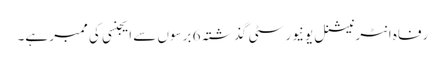
رفاہ انٹرنیشنل یونیورسٹی گذشتہ 6 برسوں سے ایجنسی کی ممبر ہے۔